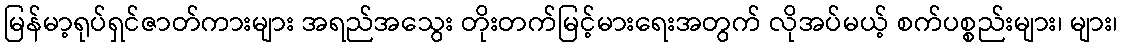
မြန်မာ့ရုပ်ရှင်ဇာတ်ကားများ အရည်အသွေး တိုးတက်မြင့်မားရေးအတွက် လိုအပ်မယ့် စက်ပစ္စည်းများ၊ များ၊